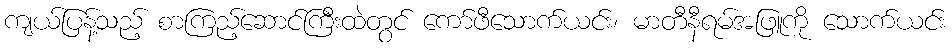
ကျယ်ပြန့်သည့် စာကြည့်ဆောင်ကြီးထဲတွင် ကော်ဖီသောက်ယင်း၊ မာတီနီရမ်အဖြူကို သောက်ယင်း